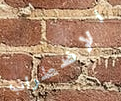
الإضطراب